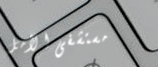
مستشفى الأمل